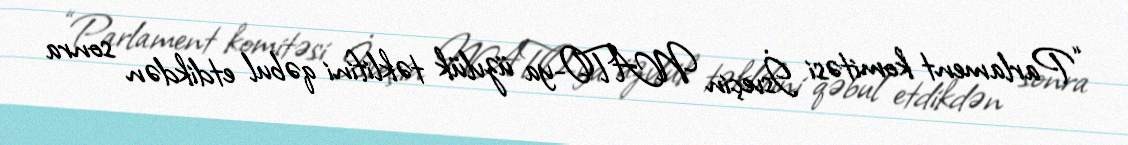
“Parlament komitəsi İsveçin NATO-ya üzvlük təklifini qəbul etdikdən sonra